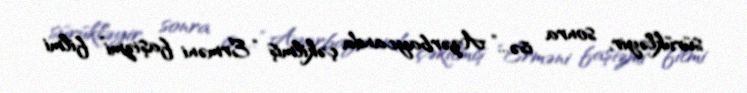
sürükləyir, sonra isə...” Azərbaycanda çəkilmiş “Erməni faşizmi” filmi